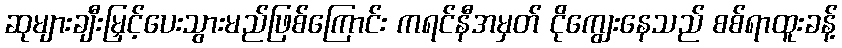
ဆုများချီးမြှင့်ပေးသွားမည်ဖြစ်ကြောင်း ကရင်နီအမှတ် ငိုကျွေးနေသည် စစ်ရာထူးခန့်